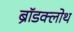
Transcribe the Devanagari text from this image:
ब्रॉडक्लोथ